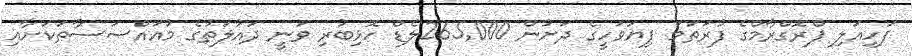
ފަހިއަލި ޕްރޮގްރާމްގެ ފުރަތަމަ ފިޔަވަހީގެ ދަށުން 265